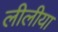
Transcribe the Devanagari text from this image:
लीलीया